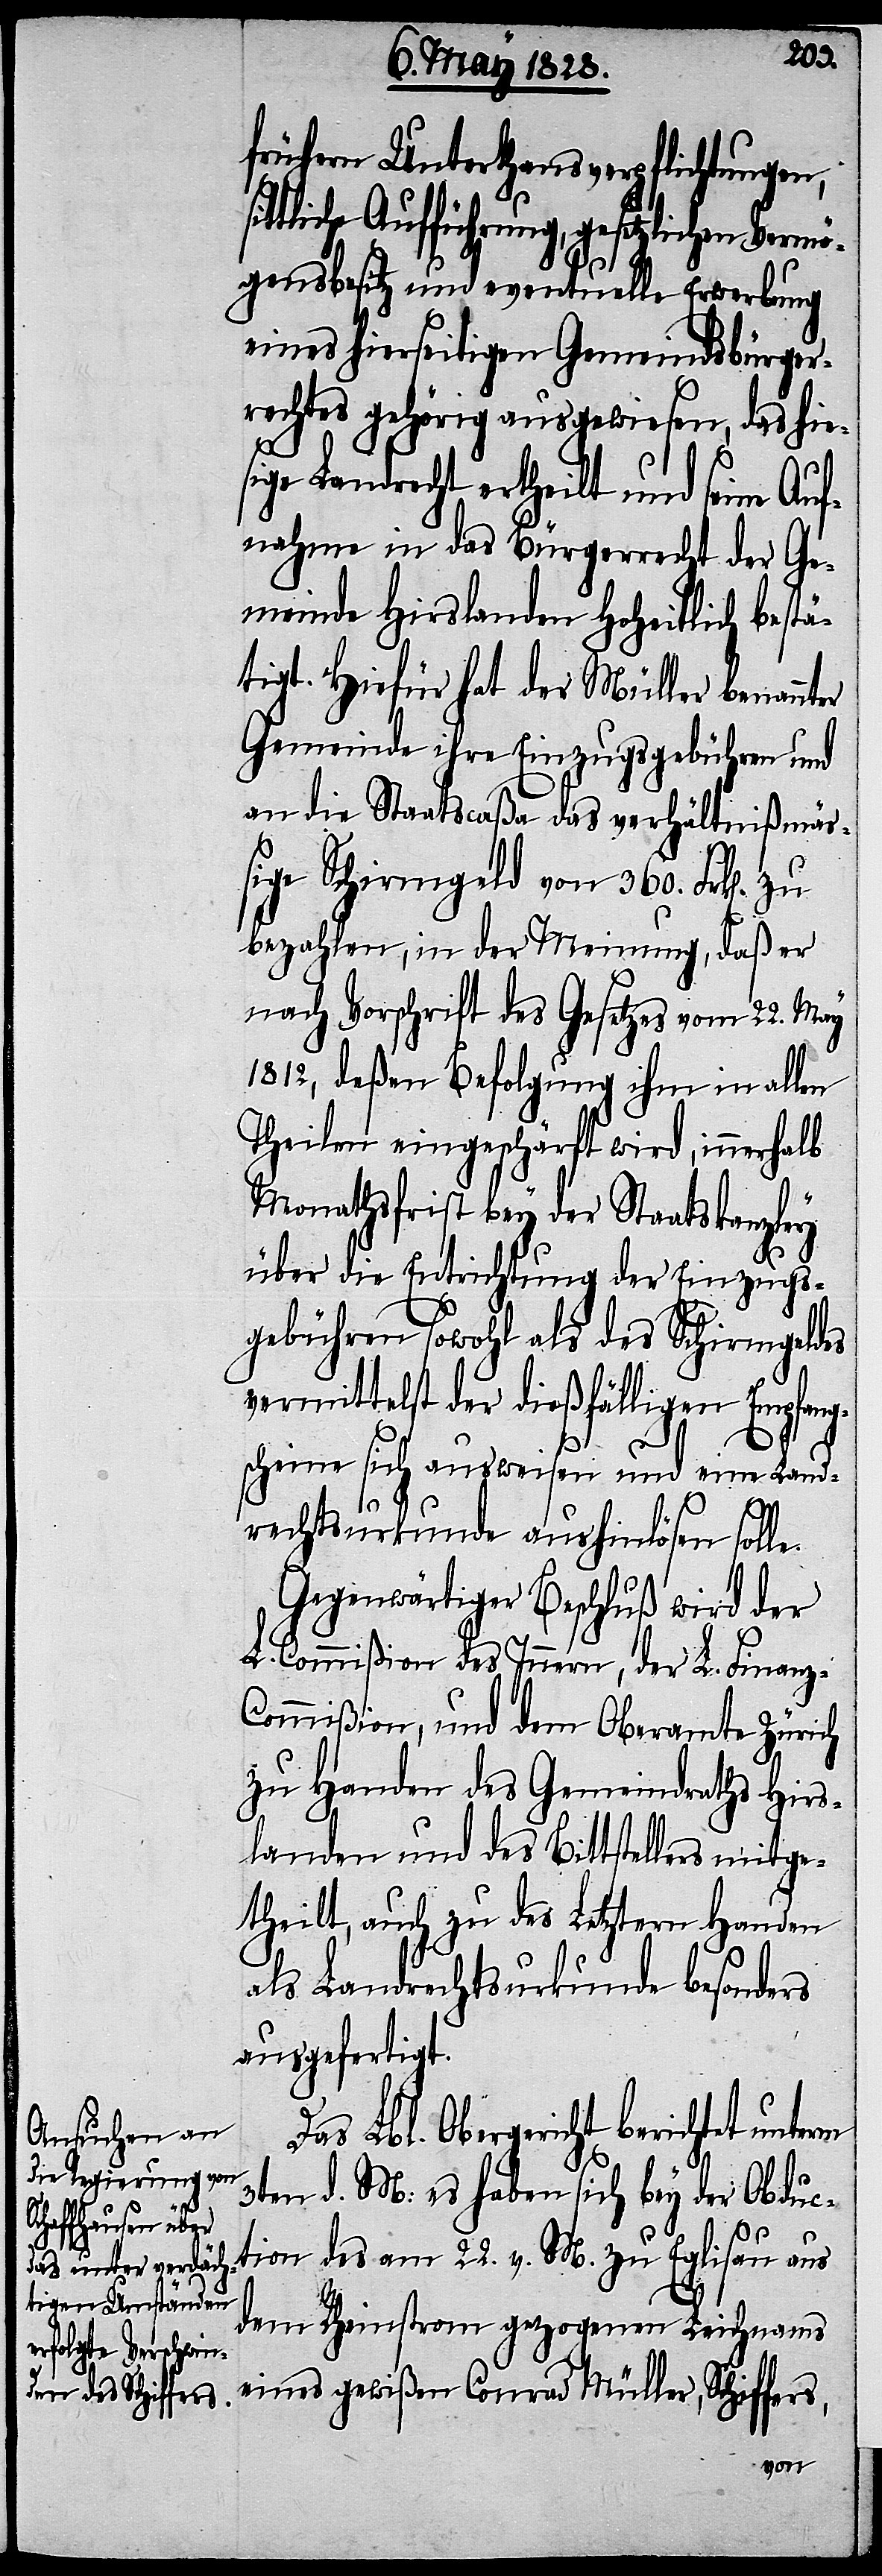
frühern Unterthansverpflichtungen,
ittliche Aufführung, gesetzlichen Vermö¬
gensbesitz und eventuelle Erwerbung
eines hierseitigen Gemeindsbürger¬
rechtes gehörig ausgewiesen, das hie¬
sige Landrecht ertheilt und seine Auf¬
nahme in das Bürgerrecht der Ge¬
meinde Hirslanden Hoheitlich bestä¬
tigt. Hiefür hat der Müller benannter
Gemeinde ihre Einzugsgebühren und
an die Staatscaßa das verhältnißmäß¬
ige Schirmgeld von 360. Frk[en].
bezahlen, in der Meinung, daß er
nach Vorschrift des Gesetzes vom 22. May
1812, deßen Befolgung ihm in allen
Theilen eingeschärft wird, innerhalb
Monathsfrist bey der Staatskanzley
über die Entrichtung der Einzugs¬
gebühren sowohl als des Schirmgeldes
vermittelst der dießfälligen Empfang¬
scheine sich ausweisen und eine Land¬
rechtsurkunde aushinlösen solle.
Gegenwärtiger Beschluß wird der
L. Commißion des Innern, der L. Finanz-C¬
ommißion, und dem Oberamte Zürich
zu Handen des Gemeindraths Hirs¬
landen und des Bittstellers mitge¬
theilt, auch zu des Letztern Handen
als Landrechtsurkunde besonders
ausgefertigt.
Das Lbl. Obergericht berichtet unterm
3ten d. M: es haben sich bey der Obduc¬
tion des am 22. v. M. zu Eglisau aus
s¬
dem Rheinstrom gezogenen Leichnams
eines gewißen Conrad Müller, Schiffers,